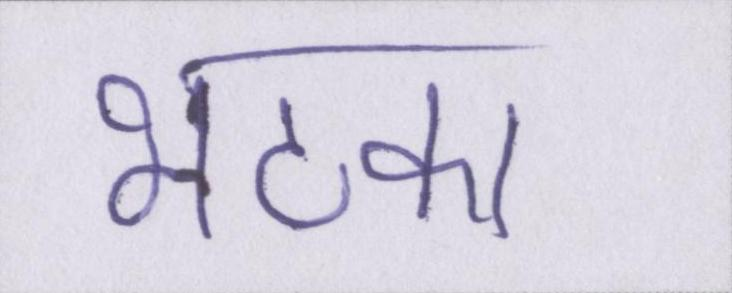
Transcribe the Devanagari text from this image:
भटका